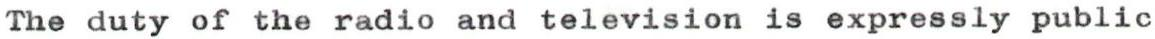
The duty of the radio and television is expressly public